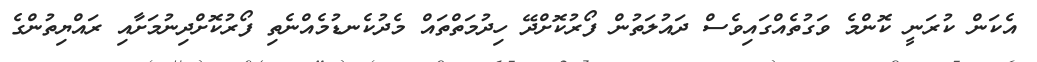
އެކަން ކުރަނީ ކޮންމެ ވަގުތެއްގައިވެސް ދައުލަތުން ފޯރުކޮށްދޭ ހިދުމަތްތައް މެދުކެނޑުމެއްނެތި ފޯރުކޮށްދިނުމަށާއި ރައްޔިތުންގެ